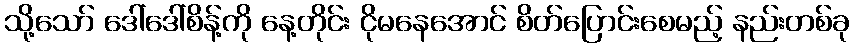
သို့သော် ဒေါ်ဒေါ်စိန့်ကို နေ့တိုင်း ငိုမနေအောင် စိတ်ပြောင်းစေမည့် နည်းတစ်ခု